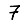
Digit: 7